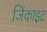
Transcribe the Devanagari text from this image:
जिंकाइट